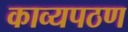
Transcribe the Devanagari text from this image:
काव्यपठण